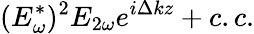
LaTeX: (E_{\omega}^{*})^{2}E_{2\omega}e^{i\Delta kz}+c.c.